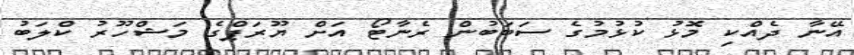
އޭނާ ދެެއްކި މޮޅު ކުޅުމުގެ ސަބަބުން ރެނާޓޯ އަށް ޔޫރަޕްގެ މަޝްހޫރު ކްލަބު